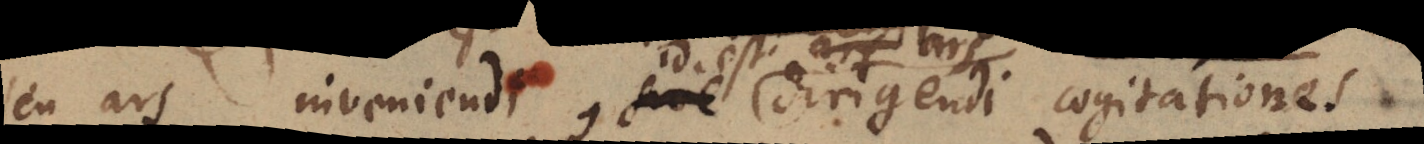
seu ars inveniendi, id est ars sive dirigendi cogitationes